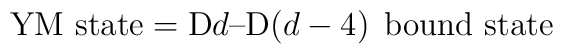
\mbox{YM state} = {\rm D}d\mbox{--D}(d-4) \;\,\mbox{bound state}